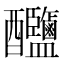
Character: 𨤎